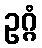
ဥဂ္ဂံ